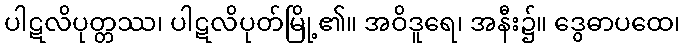
ပါဋလိပုတ္တဿ၊ ပါဋလိပုတ်မြို့၏။ အဝိဒူရေ၊ အနီး၌။ ဒွေဓာပထေ၊